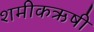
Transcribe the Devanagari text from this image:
शमीकऋषी